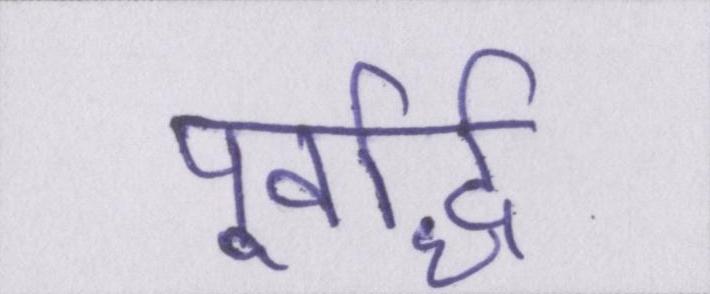
पूर्वार्द्ध